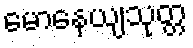
မောနေယျသုတ္တ